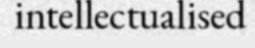
intellectualised